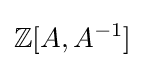
\mathbb {Z} [A,A^{-1}]